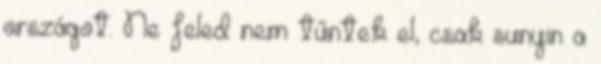
országot. Ne feled nem tűntek el, csak sunyin a